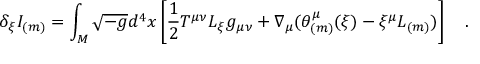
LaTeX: \delta _ { \xi } I _ { ( m ) } = \int _ { \cal M } \sqrt { - g } d ^ { 4 } x \left[ \frac 1 2 T ^ { \mu \nu } { \cal L } _ { \xi } g _ { \mu \nu } + \nabla _ { \mu } ( \theta _ { ( m ) } ^ { \mu } ( \xi ) - \xi ^ { \mu } L _ { ( m ) } ) \right] ~ ~ ~ .